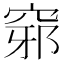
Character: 𥦢